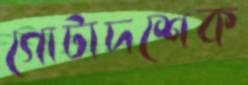
গোটাদশেক